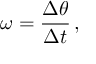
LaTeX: \omega = { \frac { \Delta \theta } { \Delta t } } \, ,